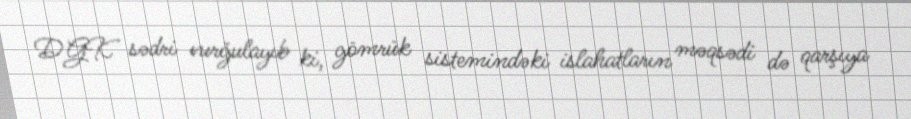
DGK sədri vurğulayıb ki, gömrük sistemindəki islahatların məqsədi də qarşıya